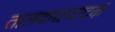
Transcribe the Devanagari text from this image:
तालवाद्यवादक